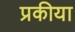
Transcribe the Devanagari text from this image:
प्रकीया